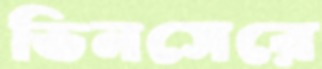
ভিনসেরে